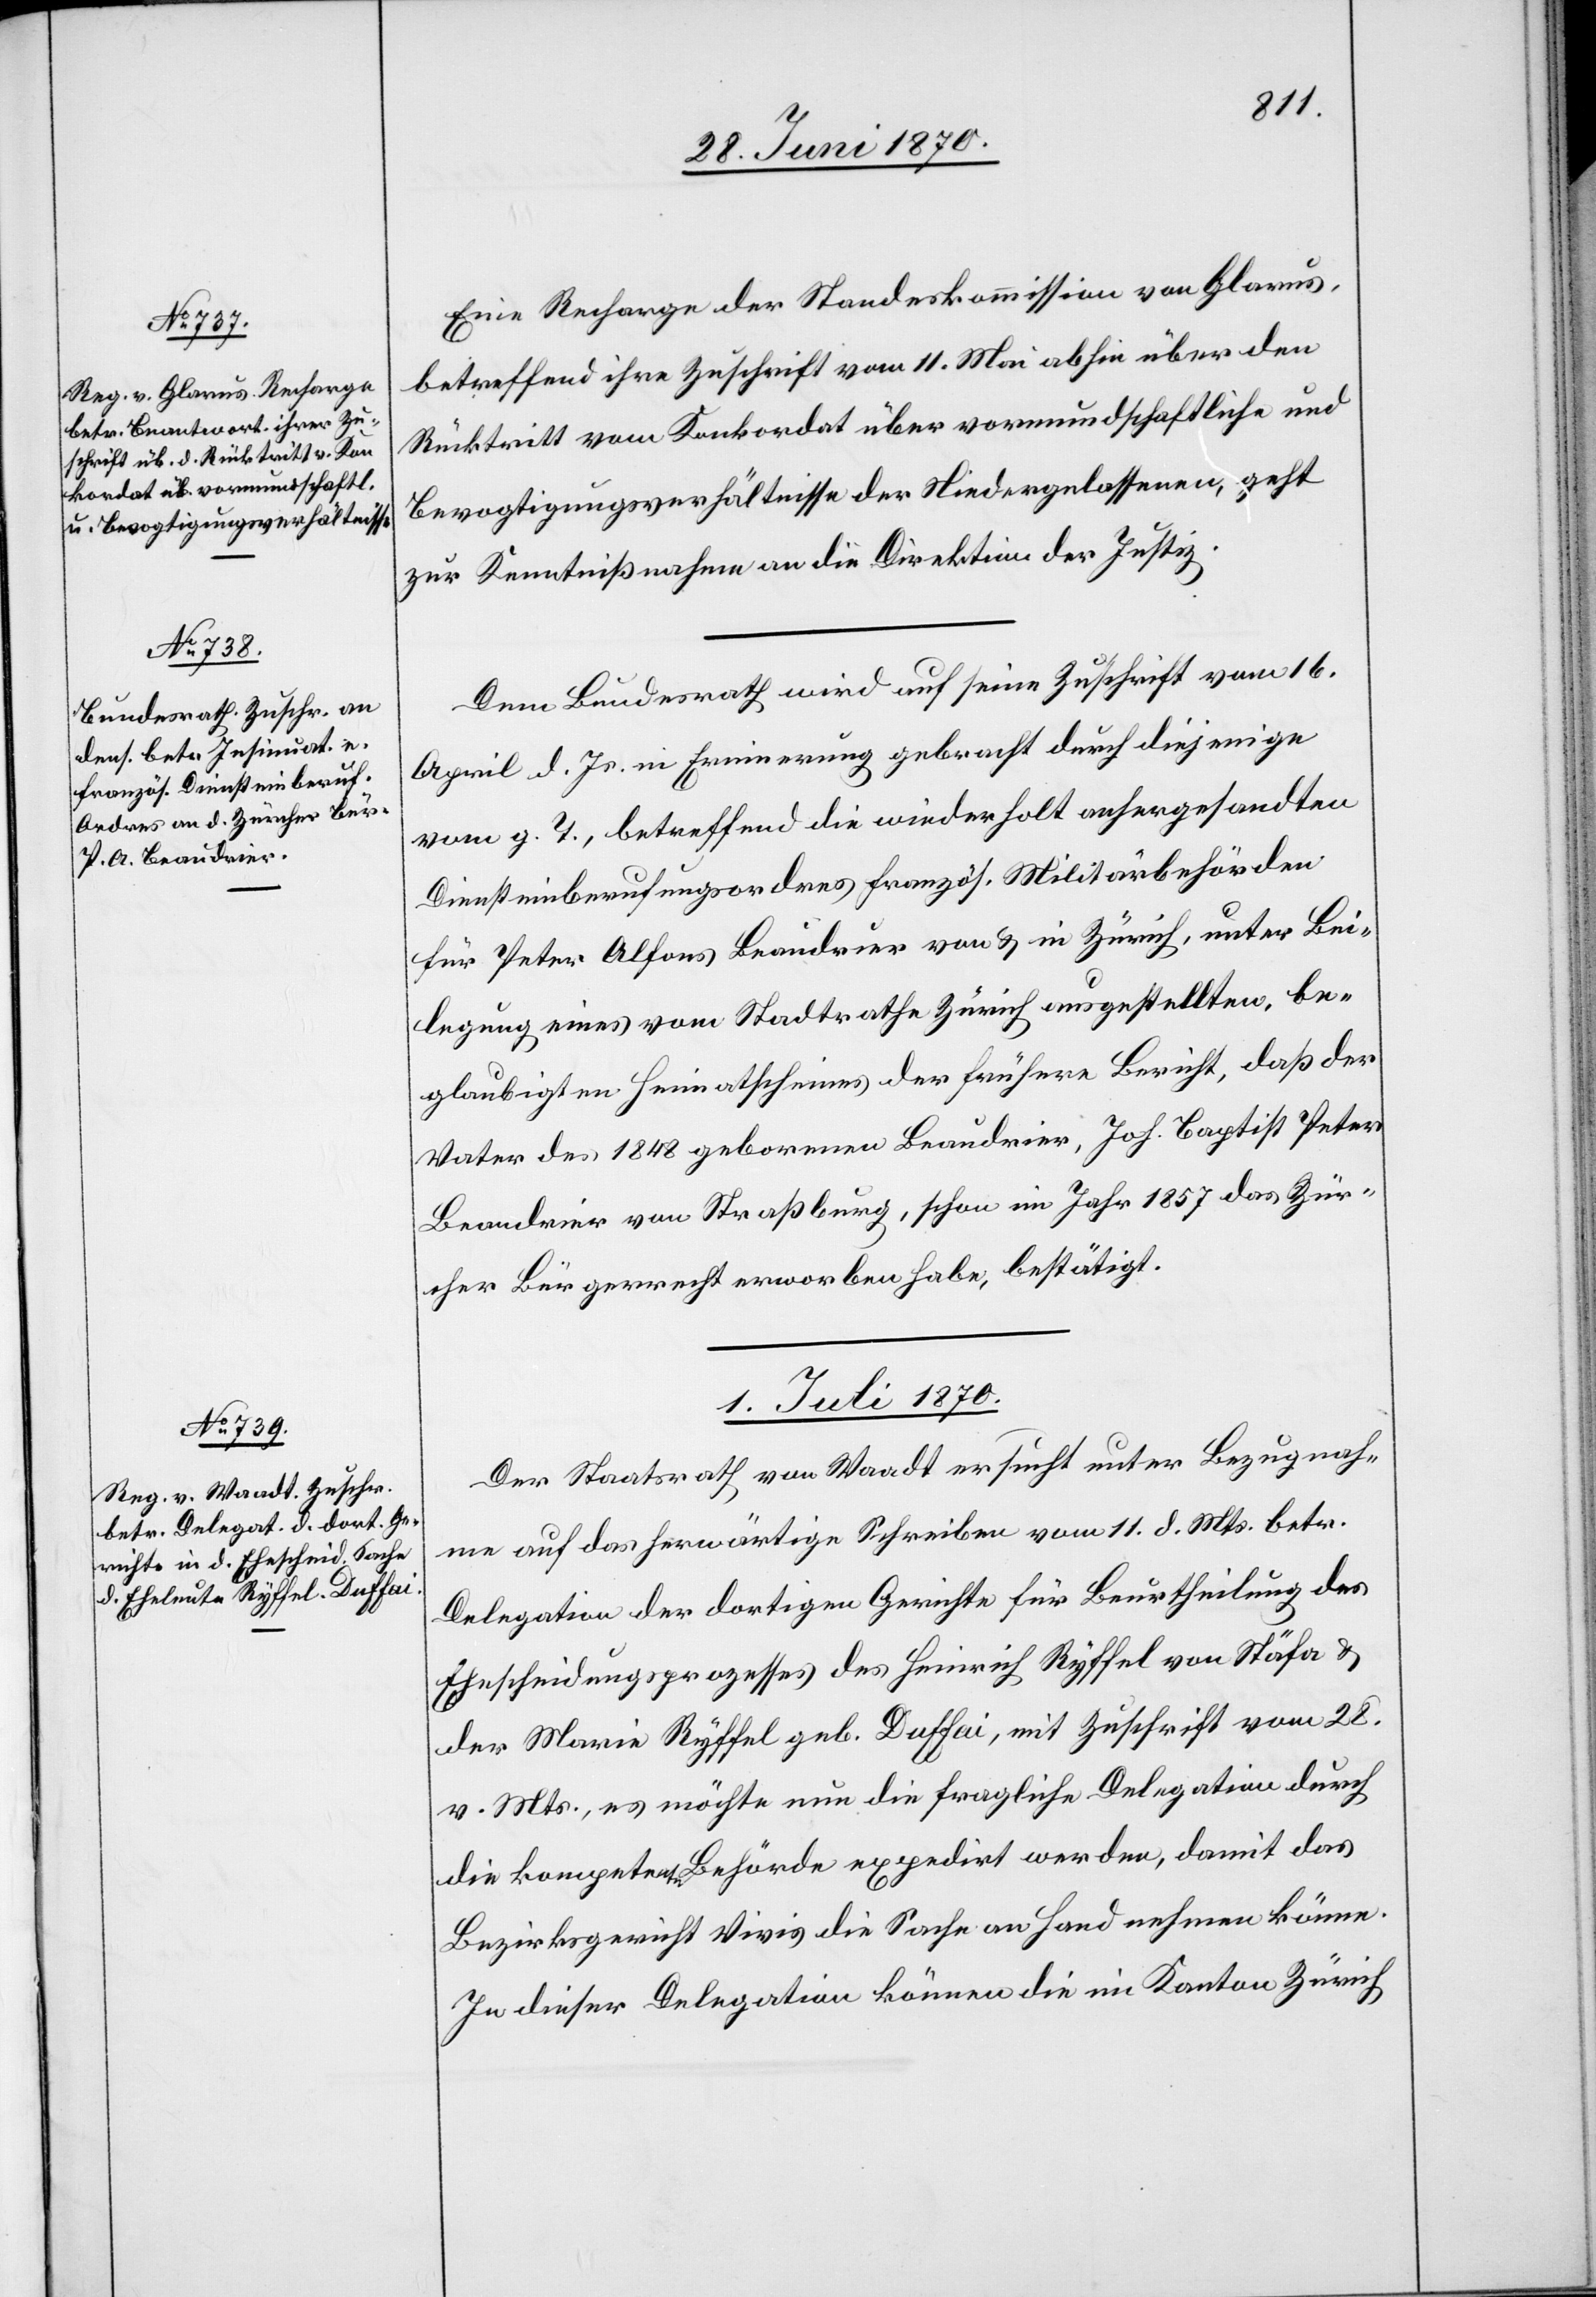
30. Juni 1870.]
Eine Recharge der Standeskommission von Glarus
betreffend ihre Zuschrift vom 11. Mai abhin über den
Rücktritt vom Konkordat über vormundschaftliche und
Bevogtigungsverhältnisse der Niedergelassenen, geht
zur Kenntnißnahme an die Direktion der Justiz.
Dem Bundesrath wird auf seine Zuschrift vom 16.
April d. Js. in Erinnerung gebracht durch diejenige
vom g. T., betreffend die wiederholt anhergesandten
Diensteinberufungsordres französ. Militärbehörden
für Peter Alfons Beaudrier von & in Zürich, unter Bei¬
legung eines vom Stadtrathe Zürich ausgestellten, be¬
glaubigten Heimathscheines der frühere Bericht, daß der
Vater des 1848 gebornen Beaudrier, Joh. Baptist Peter
Beaudrier von Straßburg, schon im Jahr 1857 das Zür¬
cher Bürgerrecht erworben habe, bestätigt.
1. Juli 1870.
Der Staatsrath von Waadt ersucht unter Bezugnah¬
me auf das herwärtige Schreiben vom 11. d. Mts. betr.
Delegation der dortigen Gerichte für Beurtheilung des
Ehescheidungsprozesses des Heinrich Ryffel von Stäfa &
der Maria Ryffel geb. Duffai, mit Zuschrift vom 28.
v. Mts., es möchte nun die fragliche Delegation durch
die kompetente Behörde expedirt werden, damit das
Bezirksgericht Vivis die Sache an Hand nehmen könne.
In dieser Delegation können die im Kanton Zürich